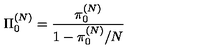
\Pi _ { 0 } ^ { ( N ) } = \frac { \pi _ { 0 } ^ { ( N ) } } { 1 - \pi _ { 0 } ^ { ( N ) } / N }